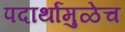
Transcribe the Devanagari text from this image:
पदार्थांमुळेच